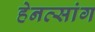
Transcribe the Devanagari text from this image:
हेनत्सांग